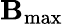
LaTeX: \mathbf{B}_{\mathrm{{max}}}